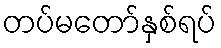
တပ်မတော်နှစ်ရပ်